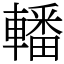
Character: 轓